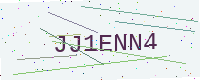
Text: JJ1ENN4